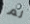
لم